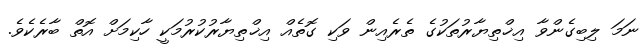
ނަމަ ލިބިގެންވާ އިޚްތިޔާރުތަކުގެ ތެރެއިން ވަކި ގޮތެއް އިޚްތިޔާރުކުރުމަކީ ހާކިމަށް އޮތް ބާރެކެވެ.